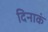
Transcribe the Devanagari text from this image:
दिनाकं